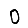
Digit: 0